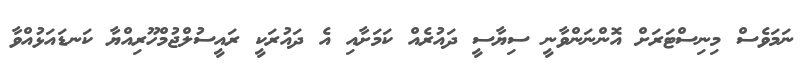
ނަމަވެސް މިނިސްޓަރަށް އޮންނަންވާނީ ސިޔާސީ ދައުރެއް ކަމަށާއި އެ ދައުރަކީ ރައީސުލްޖުމްހޫރިއްޔާ ކަނޑައަޅުއްވާ